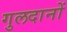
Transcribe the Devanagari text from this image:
गुलदानों